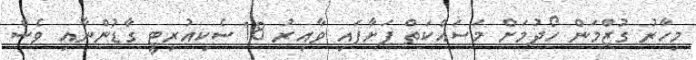
މިހާރު ގުޒްމަން ހޯދުމަށް މަސައްކަތް ފަށާފައި ވާއިރު 18 ސެކިއުރިޓީ ގާޑުންނާއި ވެސް